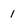
Character: 1